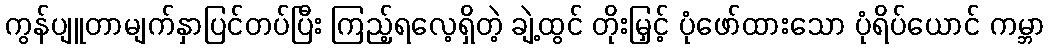
ကွန်ပျူတာမျက်နှာပြင်တပ်ပြီး ကြည့်ရလေ့ရှိတဲ့ ချဲ့ထွင် တိုးမြှင့် ပုံဖော်ထားသော ပုံရိပ်ယောင် ကမ္ဘာ